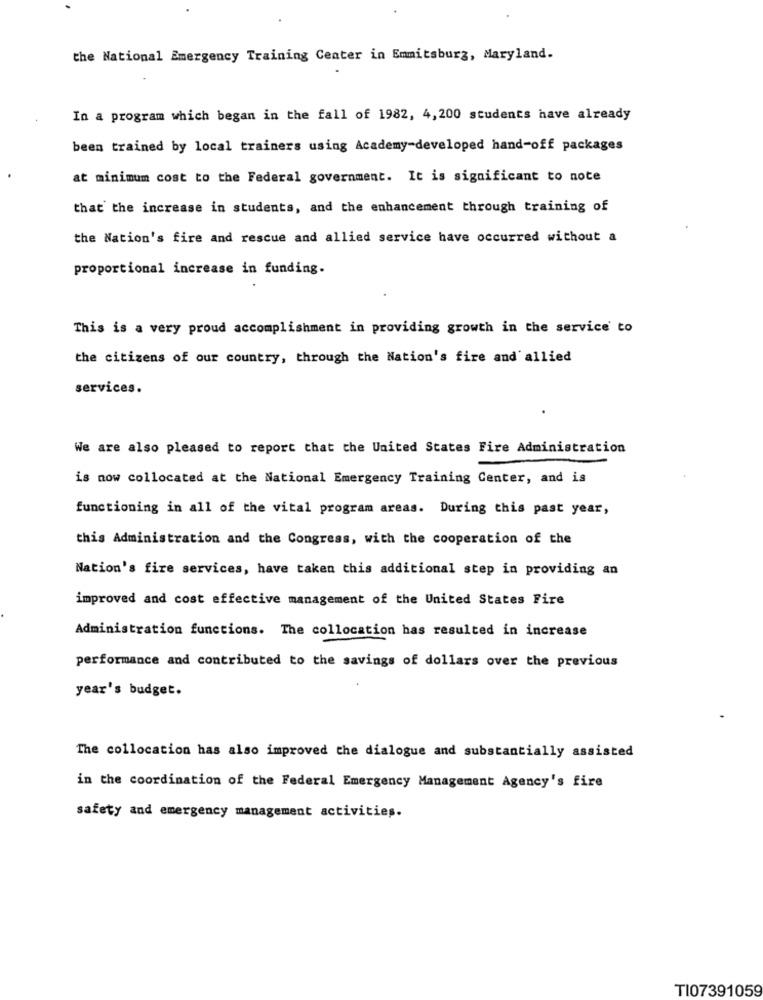
the National Emergency Training Center in Emmitsburg, Maryland.
In a program which began in the fall of 1982, 4, 200 students have already
been trained by local trainers using Academy-developed hand-off packages
at minimum cost to the Federal government. It is significant to note
that the increase in students, and the enhancement through training of
the Nation's fire and rescue and allied service have occurred without a
proportional increase in funding.
This is a very proud accomplishment in providing growth in the service to
the citizens of our country, through the Nation's fire and allied
services.
We are also pleased to report that the United States Fire Administration
is now collocated at the National Emergency Training Center, and is
functioning in all of the vital program areas. During this past year,
this Administration and the Congress, with the cooperation of the
Nation's fire services, have taken this additional step in providing an
improved and cost effective management of the United States Fire
Administration functions. The collocation has resulted in increase
performance and contributed to the savings of dollars over the previous
year's budget.
The collocation has also improved the dialogue and substantially assisted
in the coordination of the Federal Emergency Management Agency's fire
safety and emergency management activities.
TI07391059